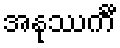
အနုဿင်္ကီ